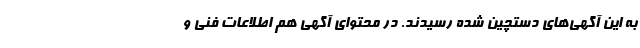
به این آگهی‌های دستچین شده رسیدند. در محتوای آگهی هم اطلاعات فنی و